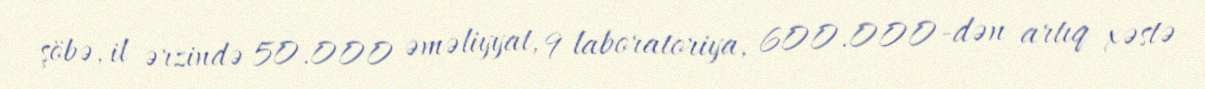
şöbə, il ərzində 50.000 əməliyyat, 9 laboratoriya, 600.000-dən artıq xəstə